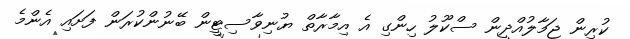
ކުރިން ޖަމާލުއްދީން ސްކޫލު ހިންގި އެ އިމާރާތް ޔުނިވާސިޓީން ބޭނުންކުރަން ފަށައި އެންމެ